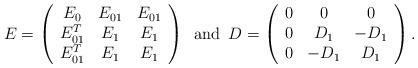
LaTeX: \begin{align*}E=\left( \begin{array}{ccc} E_{0} & E_{01} & E_{01} \\ E_{01}^T & E_1 & E_1 \\ E_{01}^T & E_1 & E_1 \end{array}\right) \, \, \, \mbox{and} \, \, \, D=\left( \begin{array}{ccc} 0 & 0 & 0 \\ 0 & D_1 & -D_1 \\ 0 & -D_1 & D_1 \end{array}\right).\end{align*}